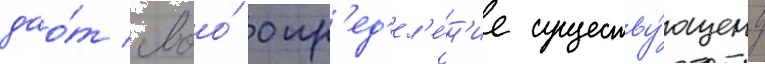
дао́т своо́ опр'ед'ел'е́н'ие существу́ющему